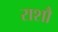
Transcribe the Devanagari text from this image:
राशौ